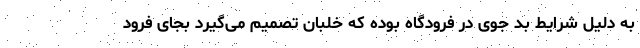
به دلیل شرایط بد جوی در فرودگاه بوده که خلبان تصمیم می‌گیرد بجای فرود